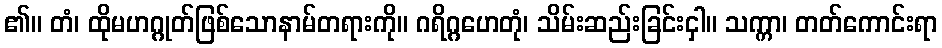
၏။ တံ၊ ထိုမဟဂ္ဂုတ်ဖြစ်သောနာမ်တရားကို။ ဂရိဂ္ဂဟေတုံ၊ သိမ်းဆည်းခြင်းငှါ။ သက္ကာ၊ တတ်ကောင်းရာ